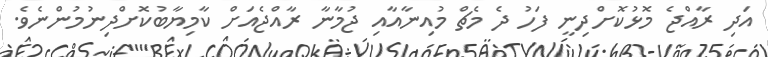
އަދި ރާއްޖެ މޮޅުކޮށްދިނީ ފަހު ދެ މެޗް މުއިނާއާއި ޖުމާނާ ރާއްޖެއަށް ކާމިޔާބުކޮށްދިނުމުންނެވެ.